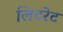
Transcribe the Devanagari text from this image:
लिटरेट